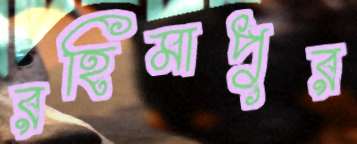
রহিমাপুর